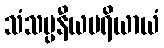
သံသပ္ပနီယပရိယာယံ